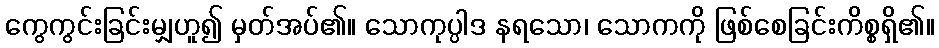
ကွေကွင်းခြင်းမျှဟူ၍ မှတ်အပ်၏။ သောကုပ္ပါဒ နရသော၊ သောကကို ဖြစ်စေခြင်းကိစ္စရှိ၏။